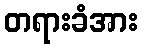
တရားခံအား